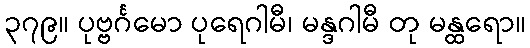
၃၇၉။ ပုဗ္ဗင်္ဂမော ပုရေဂါမီ၊ မန္ဒဂါမီ တု မန္ထရော။